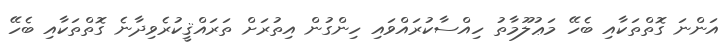
އަންނަ ގޮތްތަކާއި ބެހޭ މަޢުލޫމާތު ހިއްސާކުރައްވައި ހިންގުން އިތުރަށް ތަރައްޤީކުރެވިދާނެ ގޮތްތަކާއި ބެހޭ